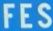
FES